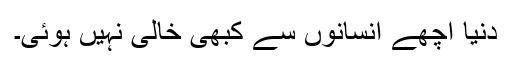
دنیا اچھے انسانوں سے کبھی خالی نہیں ہوئی۔